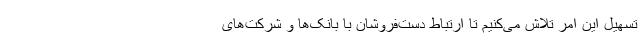
تسهیل این امر تلاش می‌کنیم تا ارتباط دست‌فروشان با بانک‌ها و شرکت‌های